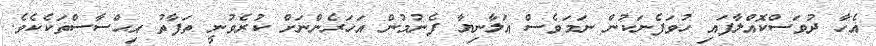
އެހާ ދުވަސްކޮއްލާފައި ހުވަފެނަކުން ނަމަވެސް އަލާނިޔާ ފެނުމުން އަހަރެންނަށް ކުރެވުނީ ތަފާތު އިޙްސާސްތަކެކެވެ.